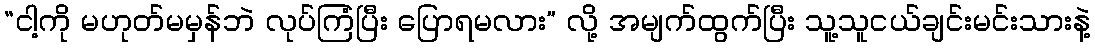
“ငါ့ကို မဟုတ်မမှန်ဘဲ လုပ်ကြံပြီး ပြောရမလား” လို့ အမျက်ထွက်ပြီး သူ့သူငယ်ချင်းမင်းသားနဲ့